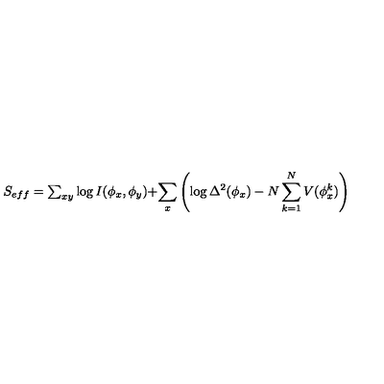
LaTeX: \begin{matrix} { S _ { e f f } = \sum _ { x y } \log I ( \phi _ { x } , \phi _ { y } ) + } \\ { \sum _ { x } \left( \log \Delta ^ { 2 } ( \phi _ { x } ) - N \sum _ { k = 1 } ^ { N } V ( \phi _ { x } ^ { k } ) \right) } \\ \end{matrix}